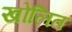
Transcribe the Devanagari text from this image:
खोलित